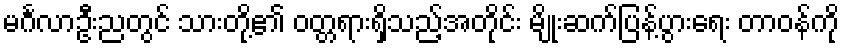
မင်္ဂလာဦးညတွင် သားတို့၏ ဝတ္တရားရှိသည့်အတိုင်း မျိုးဆက်ပြန့်ပွားရေး တာဝန်ကို